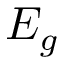
E _ { g }